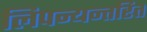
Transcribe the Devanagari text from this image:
लिपन्यन्तरित